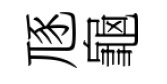
豗龜